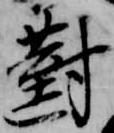
対